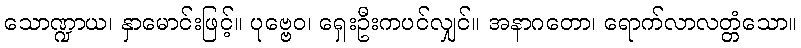
သောဏ္ဍာယ၊ နှာမောင်းဖြင့်။ ပုဗ္ဗေဝ၊ ရှေးဦးကပင်လျှင်။ အနာဂတော၊ ရောက်လာလတ္တံသော။